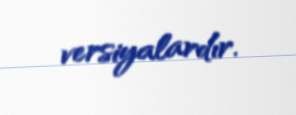
versiyalardır.